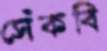
সেঁকবি